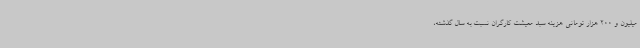
میلیون و 200 هزار تومانی هزینه سبد معیشت کارگران نسبت به سال گذشته،